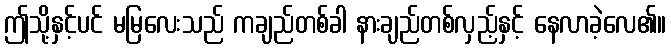
ဤသို့နှင့်ပင် မမြလေးသည် ကချည်တစ်ခါ နားချည်တစ်လှည့်နှင့် နေလာခဲ့လေ၏။